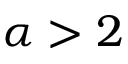
\alpha > 2